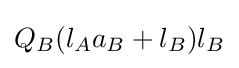
Q_{B}(l_{A}a_{B}+l_{B})l_{B}